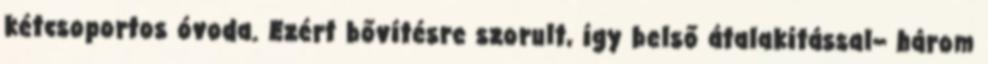
kétcsoportos óvoda. Ezért bővítésre szorult, így belső átalakítással– három